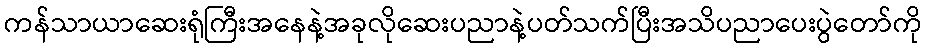
ကန်သာယာဆေးရုံကြီးအနေနဲ့အခုလိုဆေးပညာနဲ့ပတ်သက်ပြီးအသိပညာပေးပွဲတော်ကို